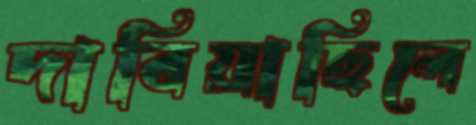
দাবিয়াছিলে